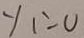
y _ { 1 } = 0